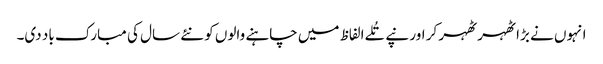
انہوں نے بڑا ٹھہر ٹھہر کر اور نپے تُلے الفاظ میں چاہنے والوں کو نئے سال کی مبارک باد دی۔